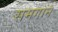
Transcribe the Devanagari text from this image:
समगान